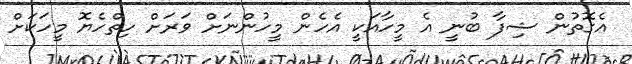
އެގޮތުން ޝިފާ ބުނީ އެ މީހާއަކީ އެހެން މީހުންނަށް ވަރަށް ހިތްހެޔޮ މީހަކަށް